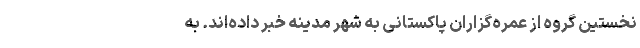
نخستین گروه از عمره‌گزاران پاکستانی به شهر مدینه خبر داده‌اند. به